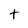
Character: t